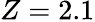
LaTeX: Z=2.1